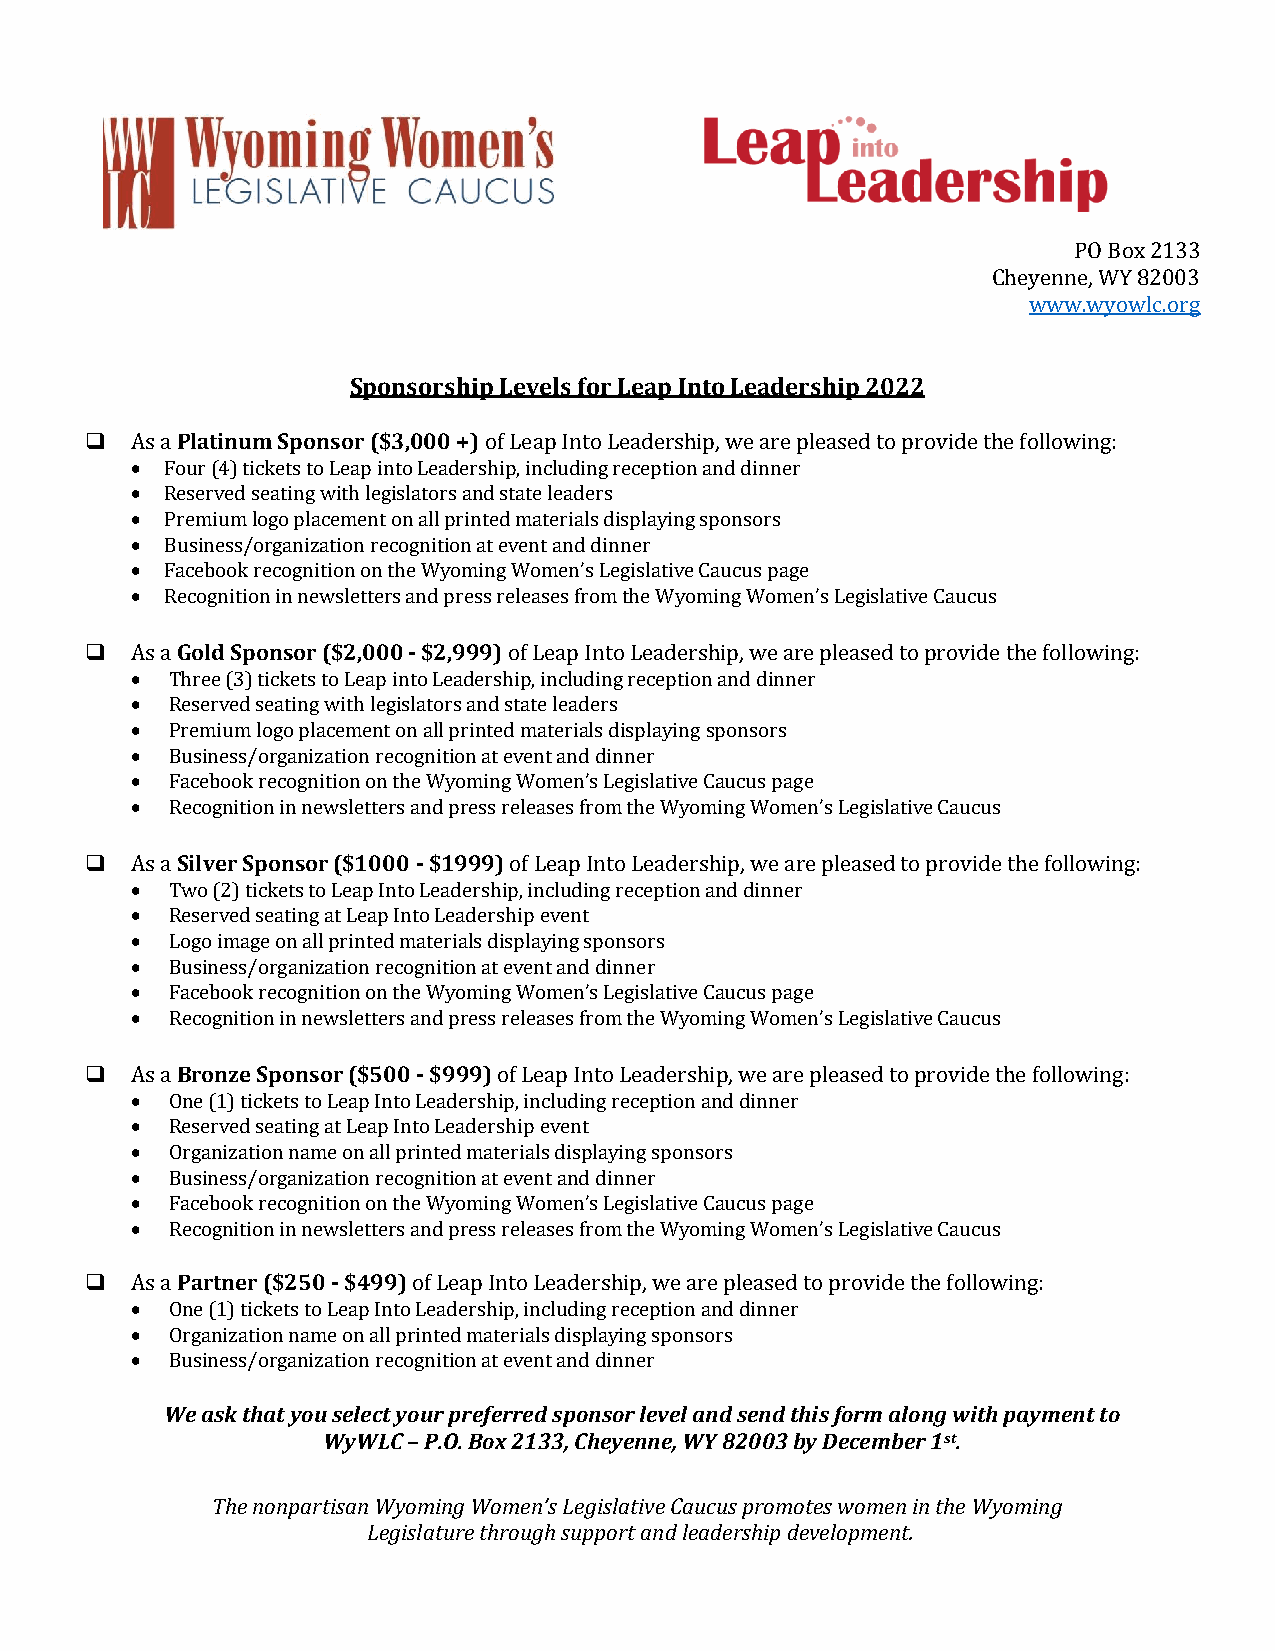
PO Box 2133
 Cheyenne, WY 82003
 www.wyowlc.org
 Sponsorship Levels for Leap Into Leadership 2022
 ❑  As a Platinum Sponsor ($3,000 +) of Leap Into Leadership, we are pleased to provide the following:
 • Four (4) tickets to Leap into Leadership, including reception and dinner
 • Reserved seating with legislators and state leaders
 • Premium logo placement on all printed materials displaying sponsors
 • Business/organization recognition at event and dinner
 • Facebook recognition on the Wyoming Women’s Legislative Caucus page
 • Recognition in newsletters and press releases from the Wyoming Women’s Legislative Caucus
 ❑  As a Gold Sponsor ($2,000 - $2,999) of Leap Into Leadership, we are pleased to provide the following:
 • Three (3) tickets to Leap into Leadership, including reception and dinner
 • Reserved seating with legislators and state leaders
 • Premium logo placement on all printed materials displaying sponsors
 • Business/organization recognition at event and dinner
 • Facebook recognition on the Wyoming Women’s Legislative Caucus page
 • Recognition in newsletters and press releases from the Wyoming Women’s Legislative Caucus
 ❑  As a Silver Sponsor ($1000 - $1999) of Leap Into Leadership, we are pleased to provide the following:
 • Two (2) tickets to Leap Into Leadership, including reception and dinner
 • Reserved seating at Leap Into Leadership event
 • Logo image on all printed materials displaying sponsors
 • Business/organization recognition at event and dinner
 • Facebook recognition on the Wyoming Women’s Legislative Caucus page
 • Recognition in newsletters and press releases from the Wyoming Women’s Legislative Caucus
 ❑  As a Bronze Sponsor ($500 - $999) of Leap Into Leadership, we are pleased to provide the following:
 • One (1) tickets to Leap Into Leadership, including reception and dinner
 • Reserved seating at Leap Into Leadership event
 • Organization name on all printed materials displaying sponsors
 • Business/organization recognition at event and dinner
 • Facebook recognition on the Wyoming Women’s Legislative Caucus page
 • Recognition in newsletters and press releases from the Wyoming Women’s Legislative Caucus
 ❑  As a Partner ($250 - $499) of Leap Into Leadership, we are pleased to provide the following:
 • One (1) tickets to Leap Into Leadership, including reception and dinner
 • Organization name on all printed materials displaying sponsors
 • Business/organization recognition at event and dinner
 We ask that you select your preferred sponsor level and send this form along with payment to
 WyWLC – P.O. Box 2133, Cheyenne, WY 82003 by December 1st.
 The nonpartisan Wyoming Women’s Legislative Caucus promotes women in the Wyoming
 Legislature through support and leadership development.